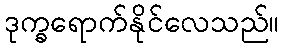
ဒုက္ခရောက်နိုင်လေသည်။